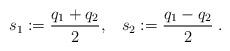
LaTeX: \begin{align*}s_1:=\frac{q_1+q_2}{2}, \;\;\; s_2:=\frac{q_1-q_2}{2}\;.\end{align*}